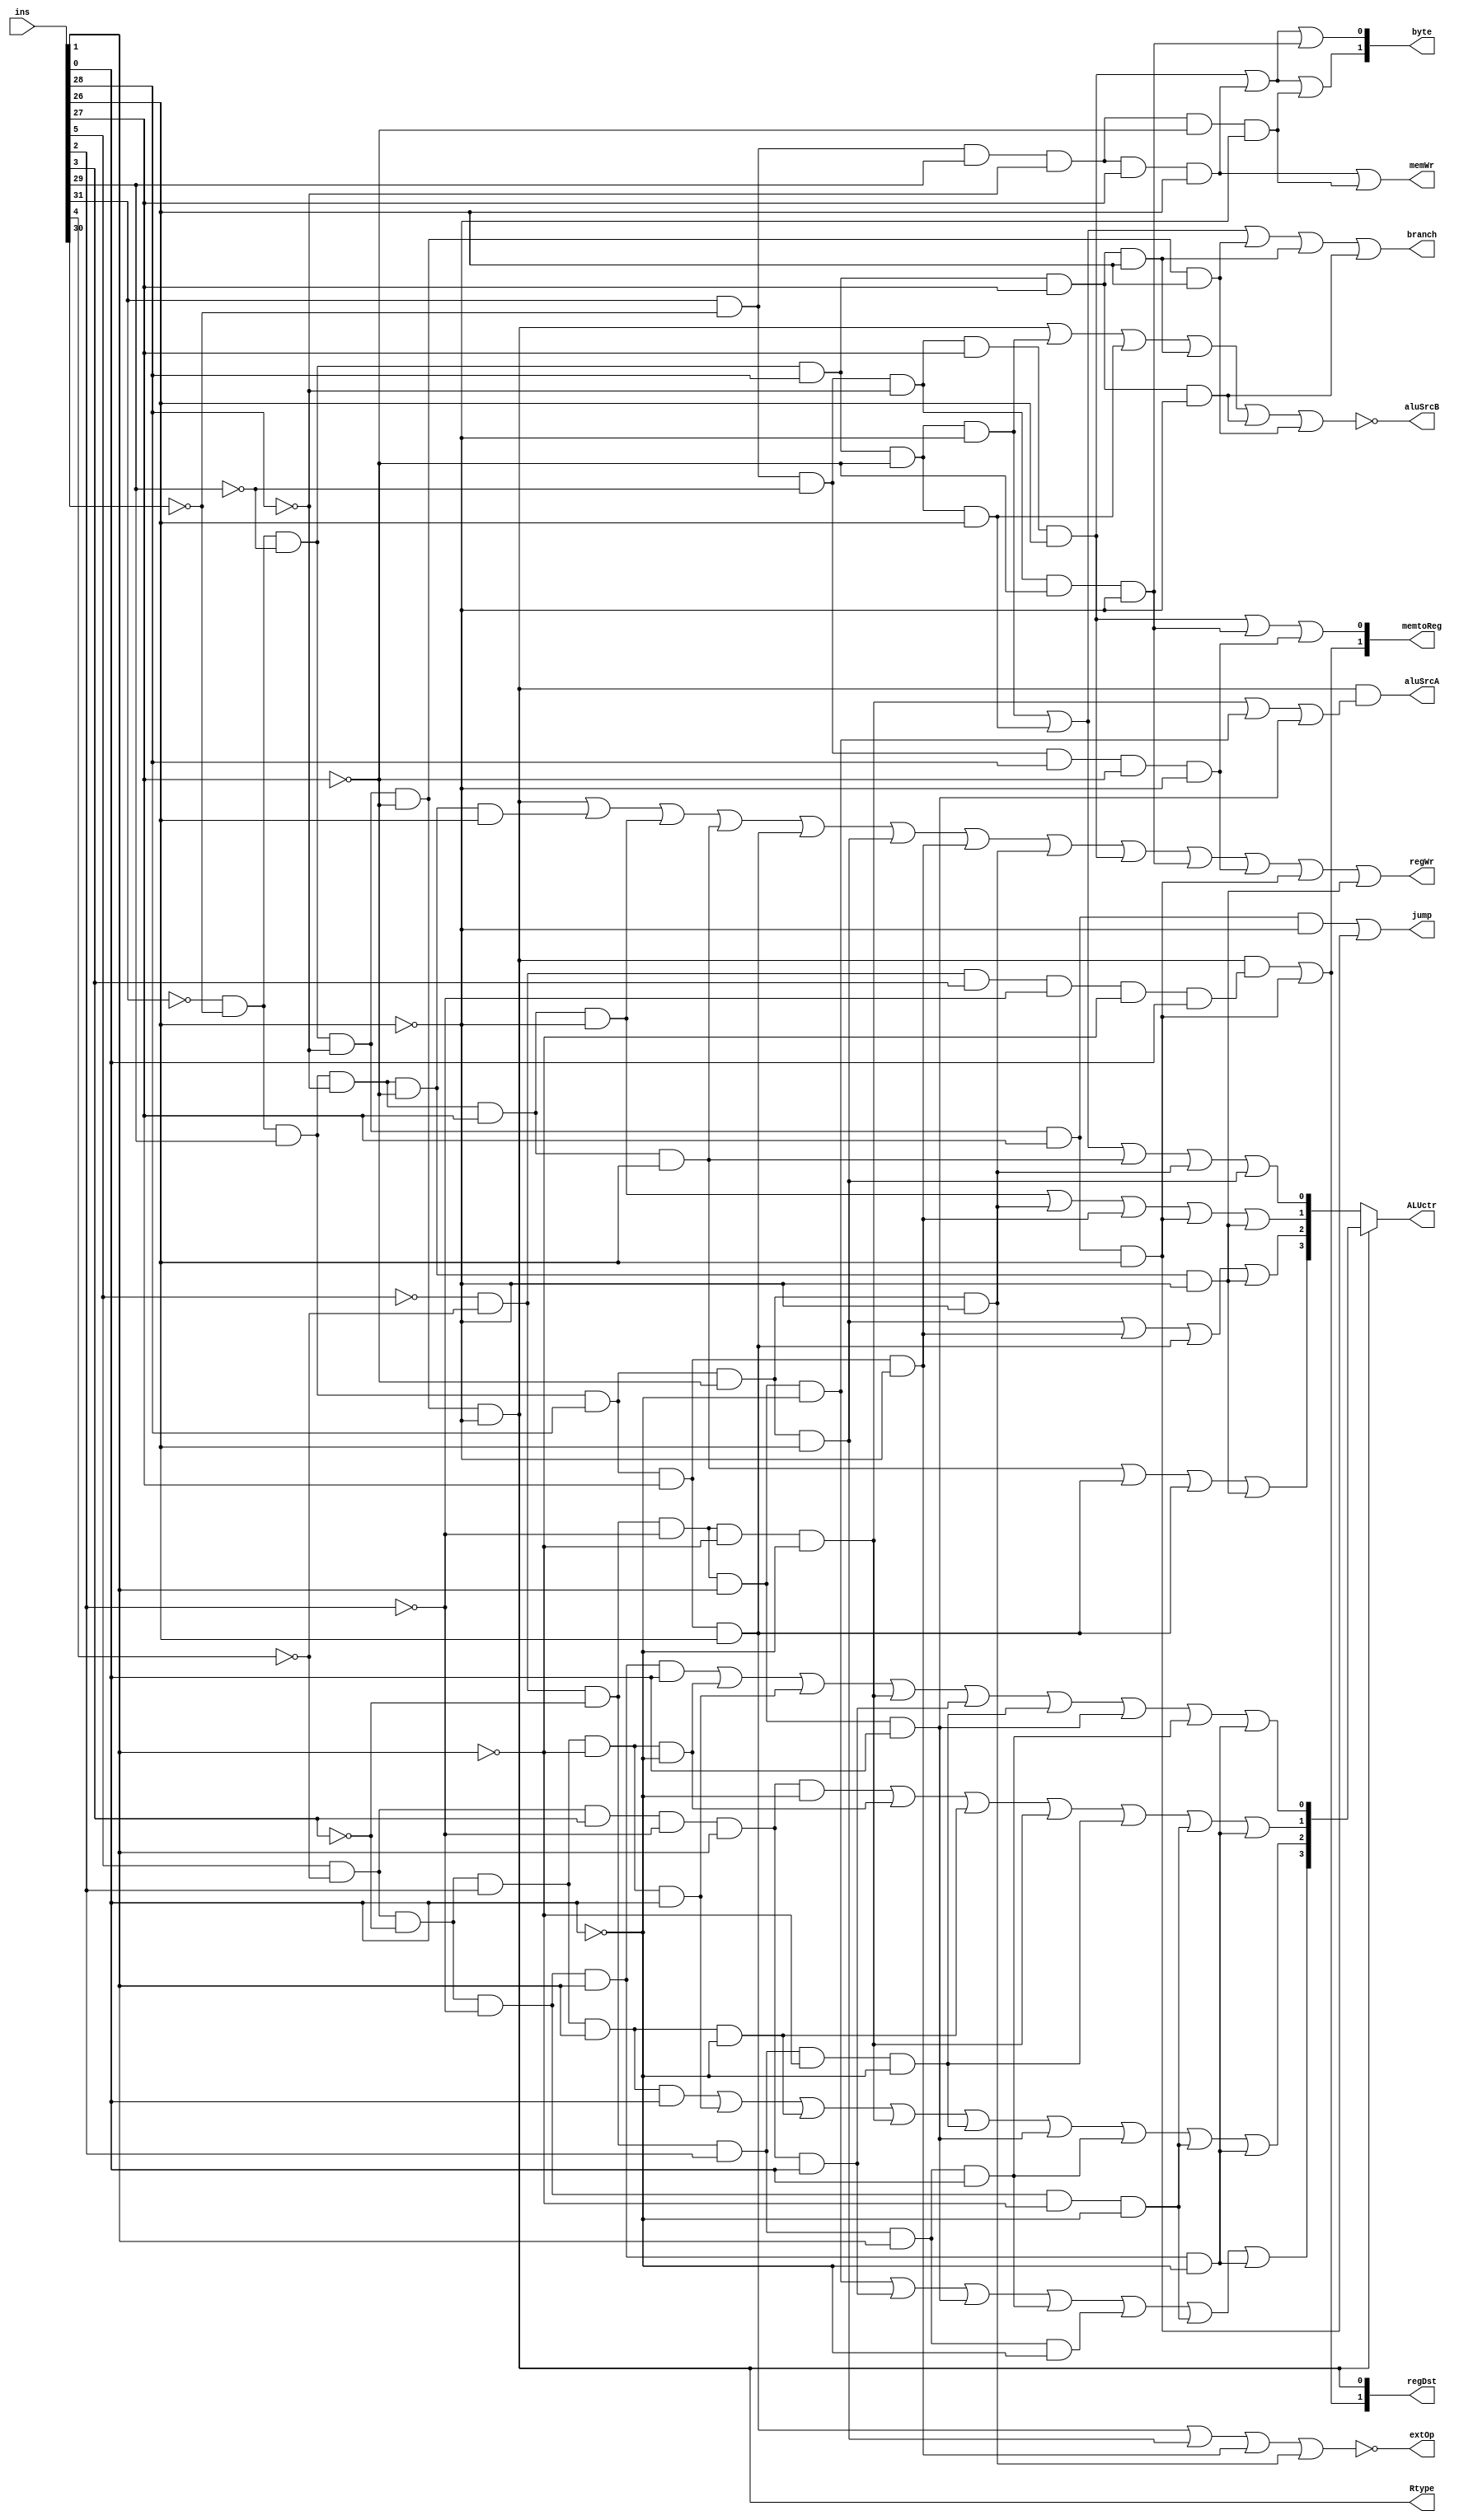
`timescale 1ns / 1ps
//////////////////////////////////////////////////////////////////////////////////
// Company: 
// Engineer: 
// 
// Design Name: 
// Module Name: ctrl
// Project Name: 
// Target Devices: 
// Tool Versions: 
// Description: 
// 
// Dependencies: 
// 
// Revision:
// Revision 0.01 - File Created
// Additional Comments:
// 
//////////////////////////////////////////////////////////////////////////////////


module ctrl(
    input [31:0] ins,
    output wire branch,
    output wire jump,
    output wire[1:0] regDst,
    output wire regWr,
    output wire memWr,
    output wire[1:0] memtoReg,
    output wire aluSrcA, aluSrcB,
    output wire extOp,
    output wire Rtype,
    output wire[3:0] ALUctr,
    output wire[1:0] byte
    );
    
    wire [4:0]rs, rt, rd, shamt;
    wire [5:0]op, func;
    wire [15:0]imm; 
    wire [25:0]target;
    wire[3:0]ALUop, Raluop;
    
    assign op = ins[31:26];
    assign rs = ins[25:21];
    assign rt = ins[20:16];
    assign rd = ins[15:11];
    assign shamt = ins[10:6];
    assign func = ins[5:0];
    
    assign imm = ins[15:0];
    assign target = ins[25:0];
    
    assign Rtype = !op[5]&!op[4]&!op[3]&!op[2]&!op[1]&!op[0]; 
       
    assign branch = (!op[5]&!op[4]&!op[3]&op[2]&!op[1]&!op[0])|
                    (!op[5]&!op[4]&!op[3]&op[2]&!op[1]&op[0])|
                    (!op[5]&!op[4]&!op[3]&!op[2]&!op[1]&op[0])|
                    (!op[5]&!op[4]&!op[3]&op[ 2]&op[1]&op[0])|
                    (!op[5]&!op[4]&!op[3]&op[2]&op[1]&!op[0]);
                    
    assign jump = (!op[5]&!op[4]&!op[3]&!op[2]&op[1]&!op[0])|
                  (!op[5]&!op[4]&!op[3]&!op[2]&op[1]&op[0]); 
    
    assign regDst[0] = Rtype;
    assign regDst[1] = (Rtype & (!func[5]&!func[4]&func[3]&!func[2]&!func[1]&func[0]))|
                        (!op[5]&!op[4]&!op[3]&!op[2]&op[1]&op[0]);
    
    assign regWr = Rtype|
                   (!op[5]&!op[4]&op[3]&!op[2]&!op[1]&op[0])|
                   (!op[5]&!op[4]&op[3]&!op[2]&op[1]&!op[0])|
                   (!op[5]&!op[4]&op[3]&!op[2]&op[1]&op[0])|
                   (!op[5]&!op[4]&op[3]&op[2]&op[1]&op[0])|
                   (!op[5]&!op[4]&op[3]&op[2]&!op[1]&op[0])|
                   (!op[5]&!op[4]&op[3]&op[2]&op[1]&!op[0])|
                   (!op[5]&!op[4]&op[3]&op[2]&!op[1]&!op[0])|
                   (op[5]&!op[4]&!op[3]&!op[2]&op[1]&op[0])|
                   (op[5]&!op[4]&!op[3]&!op[2]&!op[1]&!op[0])|
                   (op[5]&!op[4]&!op[3]&op[2]&!op[1]&!op[0])|
                   (!op[5]&!op[4]&!op[3]&!op[2]&op[1]&op[0])|
                   (!op[5]&!op[4]&op[3]&!op[2]&!op[1]&!op[0]);
    
    assign memtoReg[0] = (op[5]&!op[4]&!op[3]&!op[2]&op[1]&op[0])|
                      (op[5]&!op[4]&!op[3]&!op[2]&!op[1]&!op[0])|
                      (op[5]&!op[4]&!op[3]&op[2]&!op[1]&!op[0]); 
                           
    assign memtoReg[1] = (Rtype & (!func[5]&!func[4]&func[3]&!func[2]&!func[1]&func[0]))|
                         (!op[5]&!op[4]&!op[3]&!op[2]&op[1]&op[0]);
    
    assign memWr = (op[5]&!op[4]&op[3]&!op[2]&op[1]&op[0])|
                   (op[5]&!op[4]&op[3]&!op[2]&!op[1]& !op[0]); 
    
    assign extOp = !((!op[5]&!op[4]&op[3]&op[2]&op[1]&op[0])|
                     (!op[5]&!op[4]&op[3]&op[2]&!op[1]&op[0])|
                     (!op[5]&!op[4]&op[3]&op[2]&op[1]&!op[0])|
                     (!op[5]&!op[4]&op[3]&op[2]&!op[1]&!op[0])
                    );
    
    assign aluSrcA =  Rtype&(
                     (!func[5]&!func[4]&!func[3]&!func[2]&!func[1]&!func[0])|
                     (!func[5]&!func[4]&!func[3]&!func[2]&func[1]&!func[0])|
                     (!func[5]&!func[4]&!func[3]&!func[2]&func[1]&func[0]));
    
    assign aluSrcB = !(Rtype|
                       (!op[5]&!op[4]&!op[3]&op[2]&!op[1]&!op[0])|
                       (!op[5]&!op[4]&!op[3]&op[2]&!op[1]&op[0])|
                       (!op[5]&!op[4]&!op[3]&op[2]&op[1]&op[0])|
                       (!op[5]&!op[4]&!op[3]&op[2]&op[1]&!op[0])|
                       (!op[5]&!op[4]&!op[3]&!op[2]&!op[1]&op[0])
                       );
    
    assign ALUop[0] = (!op[5]&!op[4]&!op[3]&op[2]&!op[1]&!op[0])|
                      (!op[5]&!op[4]&!op[3]&op[2]&!op[1]&op[0])|
                      (!op[5]&!op[4]&op[3]&!op[2]&op[1]&op[0])|
                      (!op[5]&!op[4]&op[3]&op[2 ]&!op[1]&!op[0])|
                      (!op[5]&!op[4]&op[3]&op[2]&!op[1]&op[0]);
    
    assign ALUop[1] = (!op[5]&!op[4]&op[3]&!op[2]&op[1]&!op[0])|
                      (!op[5]&!op[4]&op[3]&op[2]&!op[1]&!op[0])|
                      (!op[5]&!op[4]&op[3]&op[2]&op[1]&!op[0])|
                      (!op[5]&!op[4]&!op[3]&!op[2]&op[1]&op[0])|
                      (!op[5]&!op[4]&op[3]&!op[2]&!op[1]&!op[0]);
    
    assign ALUop[2] = (!op[5]&!op[4]&op[3]&op[2]&!op[1]&op[0])|
                      (!op[5]&!op[4]&op[3]&op[2]&op[1]&!op[0])|
                      (!op[5]&!op[4]&op[3]&op[2]&op[1]&op[0])|
                      (!op[5]&!op[4]&op[3]&!op[2]&!op[1]&!op[0]);
                      
    assign ALUop[3] = (!op[5]&!op[4]&op[3]&!op[2]&op[1]&op[0])|
                      (!op[5]&!op[4]&op[3]&op[2]&op[1]&op[0])|
                      (!op[5]&!op[4]&op[3]&op[2]&op[1]&op[0])|
                      (!op[5]&!op[4]&op[3]&!op[2]&!op[1]&!op[0]);
    
    //assign ALUop[4] = (!op[5]&!op[4]&op[3]&op[2]&op[1]&op[0]); //LUI
    
    assign Raluop[0] = (func[5]&!func[4]&!func[3]&!func[2]&func[1]&func[0])|
                       (func[5]&!func[4]&!func[3]&func[2]&!func[1]&!func[0])|
                       (func[5]&!func[4]&!func[3]&func[2]&!func[1]&func[0])|
                       (!func[5]&!func[4]&!func[3]&!func[2]&!func[1]&!func[0])|
                       (func[5]&!func[4]&func[3]&!func[2]&func[1]&func[0])|
                       (!func[5]&!func[4]&!func[3]&func[2]&!func[1]&!func[0])|
                       (!func[5]&!func[4]&!func[3]&!func[2]&func[1]&func[0])|
                       (!func[5]&!func[4]&!func[3]&func[2]&func[1]&func[0])|
                       (func[5]&!func[4]&!func[3]&!func[2]&func[1]&!func[0]);
    
    assign Raluop[1] = (func[5]&!func[4]&func[3]&!func[2]&func[1]&!func[0])|
                       (func[5]&!func[4]&!func[3]&func[2]&!func[1]&!func[0])|
                       (func[5]&!func[4]&!func[3]&func[2]&func[1]&!func[0])|
                       (!func[5]&!func[4]&!func[3]&!func[2]&!func[1]&!func[0])|
                       (!func[5]&!func[4]&!func[3]&func[2]&!func[1]&!func[0])|
                       (func[5]&!func[4]&!func[3]&!func[2]&!func[1]&!func[0])|
                       (func[5]&!func[4]&!func[3]&!func[2]&func[1]&!func[0]);
    
    assign Raluop[2] = (func[5]&!func[4]&!func[3]&func[2]&func[1]&func[0])|
                       (func[5]&!func[4]&!func[3]&func[2]&!func[1]&func[0])|
                       (func[5]&!func[4]&!func[3]&func[2]&func[1]&!func[0])|
                       (!func[5]&!func[4]&!func[3]&!func[2]&!func[1]&!func[0])|
                       (!func[5]&!func[4]&!func[3]&func[2]&!func[1]&!func[0])|
                       (!func[5]&!func[4]&!func[3]&!func[2]&func[1]&func[0])|
                       (!func[5]&!func[4]&!func[3]&func[2]&func[1]&func[0])|
                       (func[5]&!func[4]&!func[3]&!func[2]&!func[1]&!func[0])|
                       (func[5]&!func[4]&!func[3]&!func[2]&func[1]&!func[0]);
    
    assign Raluop[3] = (!func[5]&!func[4]&!func[3]&!func[2]&func[1]&!func[0])|
                       (func[5]&!func[4]&func[3]&!func[2]&func[1]&func[0])|
                       (!func[5]&!func[4]&!func[3]&!func[2]&func[1]&func[0])|
                       (!func[5]&!func[4]&!func[3]&func[2]&func[1]&func[0])|
                       (!func[5]&!func[4]&!func[3]&func[2]&func[1]&!func[0])|
                       (func[5]&!func[4]&!func[3]&!func[2]&!func[1]&!func[0])|
                       (func[5]&!func[4]&!func[3]&!func[2]&func[1]&!func[0]);
    
    //assign Raluop[4] = 0;
    
    assign ALUctr = (Rtype? Raluop : ALUop);
    
    assign byte[0] = (op[5]&!op[4]&!op[3]&!op[2]&op[1]&op[0])|
                        (op[5]&!op[4]&op[3]&!op[2]&op[1]&op[0])|
                        (op[5]&!op[4]&!op[3]&!op[2]&!op[1]&!op[0]);
                        
    assign byte[1] = (op[5]&!op[4]&!op[3]&!op[2]&op[1]&op[0])|
                        (op[5]&!op[4]&op[3]&!op[2]&op[1]&op[0])|
                        (op[5]&!op[4]&op[3]&!op[2]&!op[1]&!op[0]);

     
endmodule